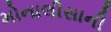
મોનાલીસાની